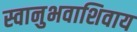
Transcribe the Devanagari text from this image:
स्वानुभवाशिवाय